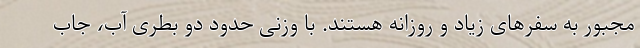
مجبور به سفرهای زیاد و روزانه هستند. با وزنی حدود دو بطری آب، جاب